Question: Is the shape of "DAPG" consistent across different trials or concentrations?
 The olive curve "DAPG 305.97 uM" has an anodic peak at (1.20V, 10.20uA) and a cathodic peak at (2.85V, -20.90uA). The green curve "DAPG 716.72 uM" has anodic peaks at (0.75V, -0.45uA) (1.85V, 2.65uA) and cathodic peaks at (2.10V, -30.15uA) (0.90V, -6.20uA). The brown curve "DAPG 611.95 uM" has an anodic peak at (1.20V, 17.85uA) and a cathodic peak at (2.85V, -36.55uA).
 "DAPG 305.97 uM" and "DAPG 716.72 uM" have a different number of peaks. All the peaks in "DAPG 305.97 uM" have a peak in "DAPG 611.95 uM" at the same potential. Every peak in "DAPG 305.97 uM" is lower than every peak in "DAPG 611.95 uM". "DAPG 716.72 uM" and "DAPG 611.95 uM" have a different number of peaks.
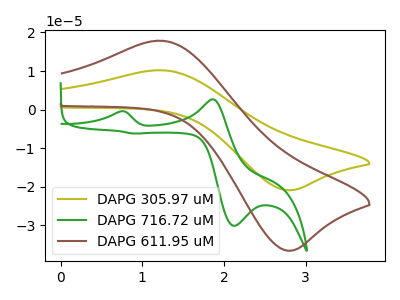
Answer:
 <answer>All the CV's of "DAPG" have similar shape.</answer>
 <eval>follow_rule</eval>